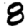
Digit: 8